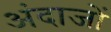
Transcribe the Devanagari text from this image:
अंदाजों